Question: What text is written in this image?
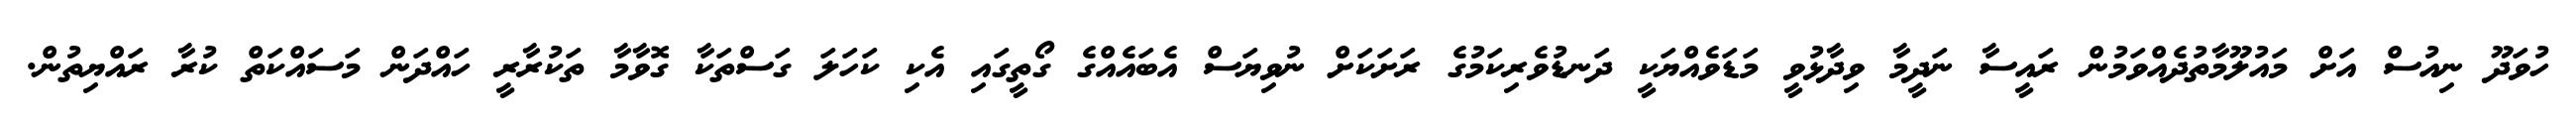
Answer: ހުވަދޫ ނިއުސް އަށް މައުލޫމާތުދެއްވަމުން ރައީސާ ނަދީމާ ވިދާޅުވީ މަޑަވެއްޔަކީ ދަނޑުވެރިކަމުގެ ރަށަކަށް ނުވިޔަސް އެބައެއްގެ ގޯތީގައި އެކި ކަހަލަ ގަސްތަކާ ގޮވާމާ ތަކުރާރީ ހައްދަން މަސައްކަތް ކުރާ ރައްޔިތުން.